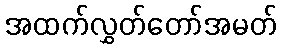
အထက်လွှတ်တော်အမတ်